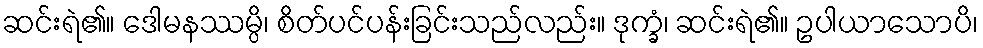
ဆင်းရဲ၏။ ဒေါမနဿမ္ပိ၊ စိတ်ပင်ပန်းခြင်းသည်လည်း။ ဒုက္ခံ၊ ဆင်းရဲ၏။ ဥပါယာသောပိ၊